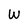
Character: w